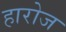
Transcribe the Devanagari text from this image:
हारोज